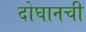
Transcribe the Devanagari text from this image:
दोघानची